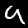
Label: 9